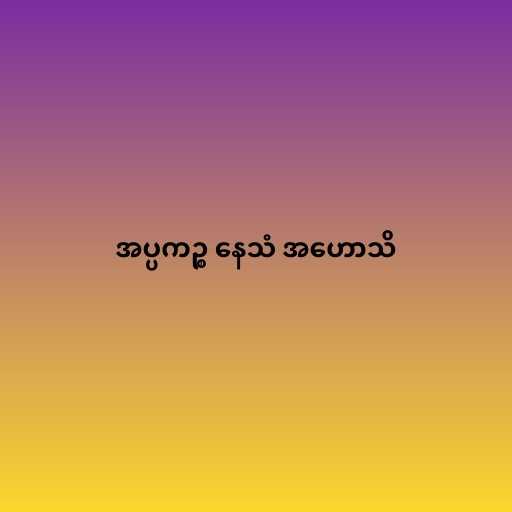
အပ္ပကဉ္စ နေသံ အဟောသိ